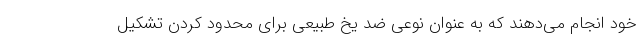
خود انجام می‌دهند که به عنوان نوعی ضد یخ طبیعی برای محدود کردن تشکیل